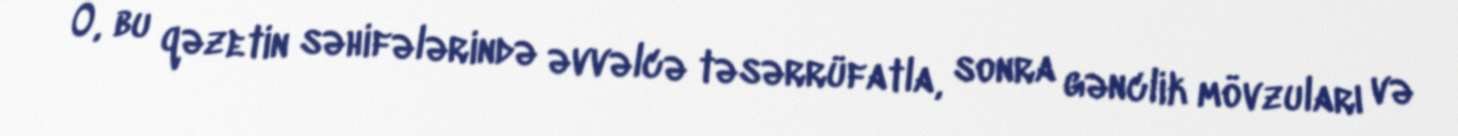
O, bu qəzetin səhifələrində əvvəlcə təsərrüfatla, sonra gənclik mövzuları və